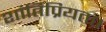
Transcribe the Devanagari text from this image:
शांतिप्रियता।